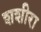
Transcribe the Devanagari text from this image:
शशीरा